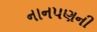
નાનપણની